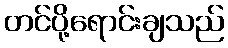
တင်ပို့ရောင်းချသည်